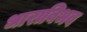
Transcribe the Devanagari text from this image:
धाराविभव